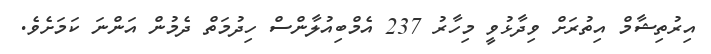
އިރުތިޝާމް އިތުރަށް ވިދާޅުވީ މިހާރު 237 އެމްބިއުލާންސް ހިދުމަތް ދެމުން އަންނަ ކަމަށެވެ.